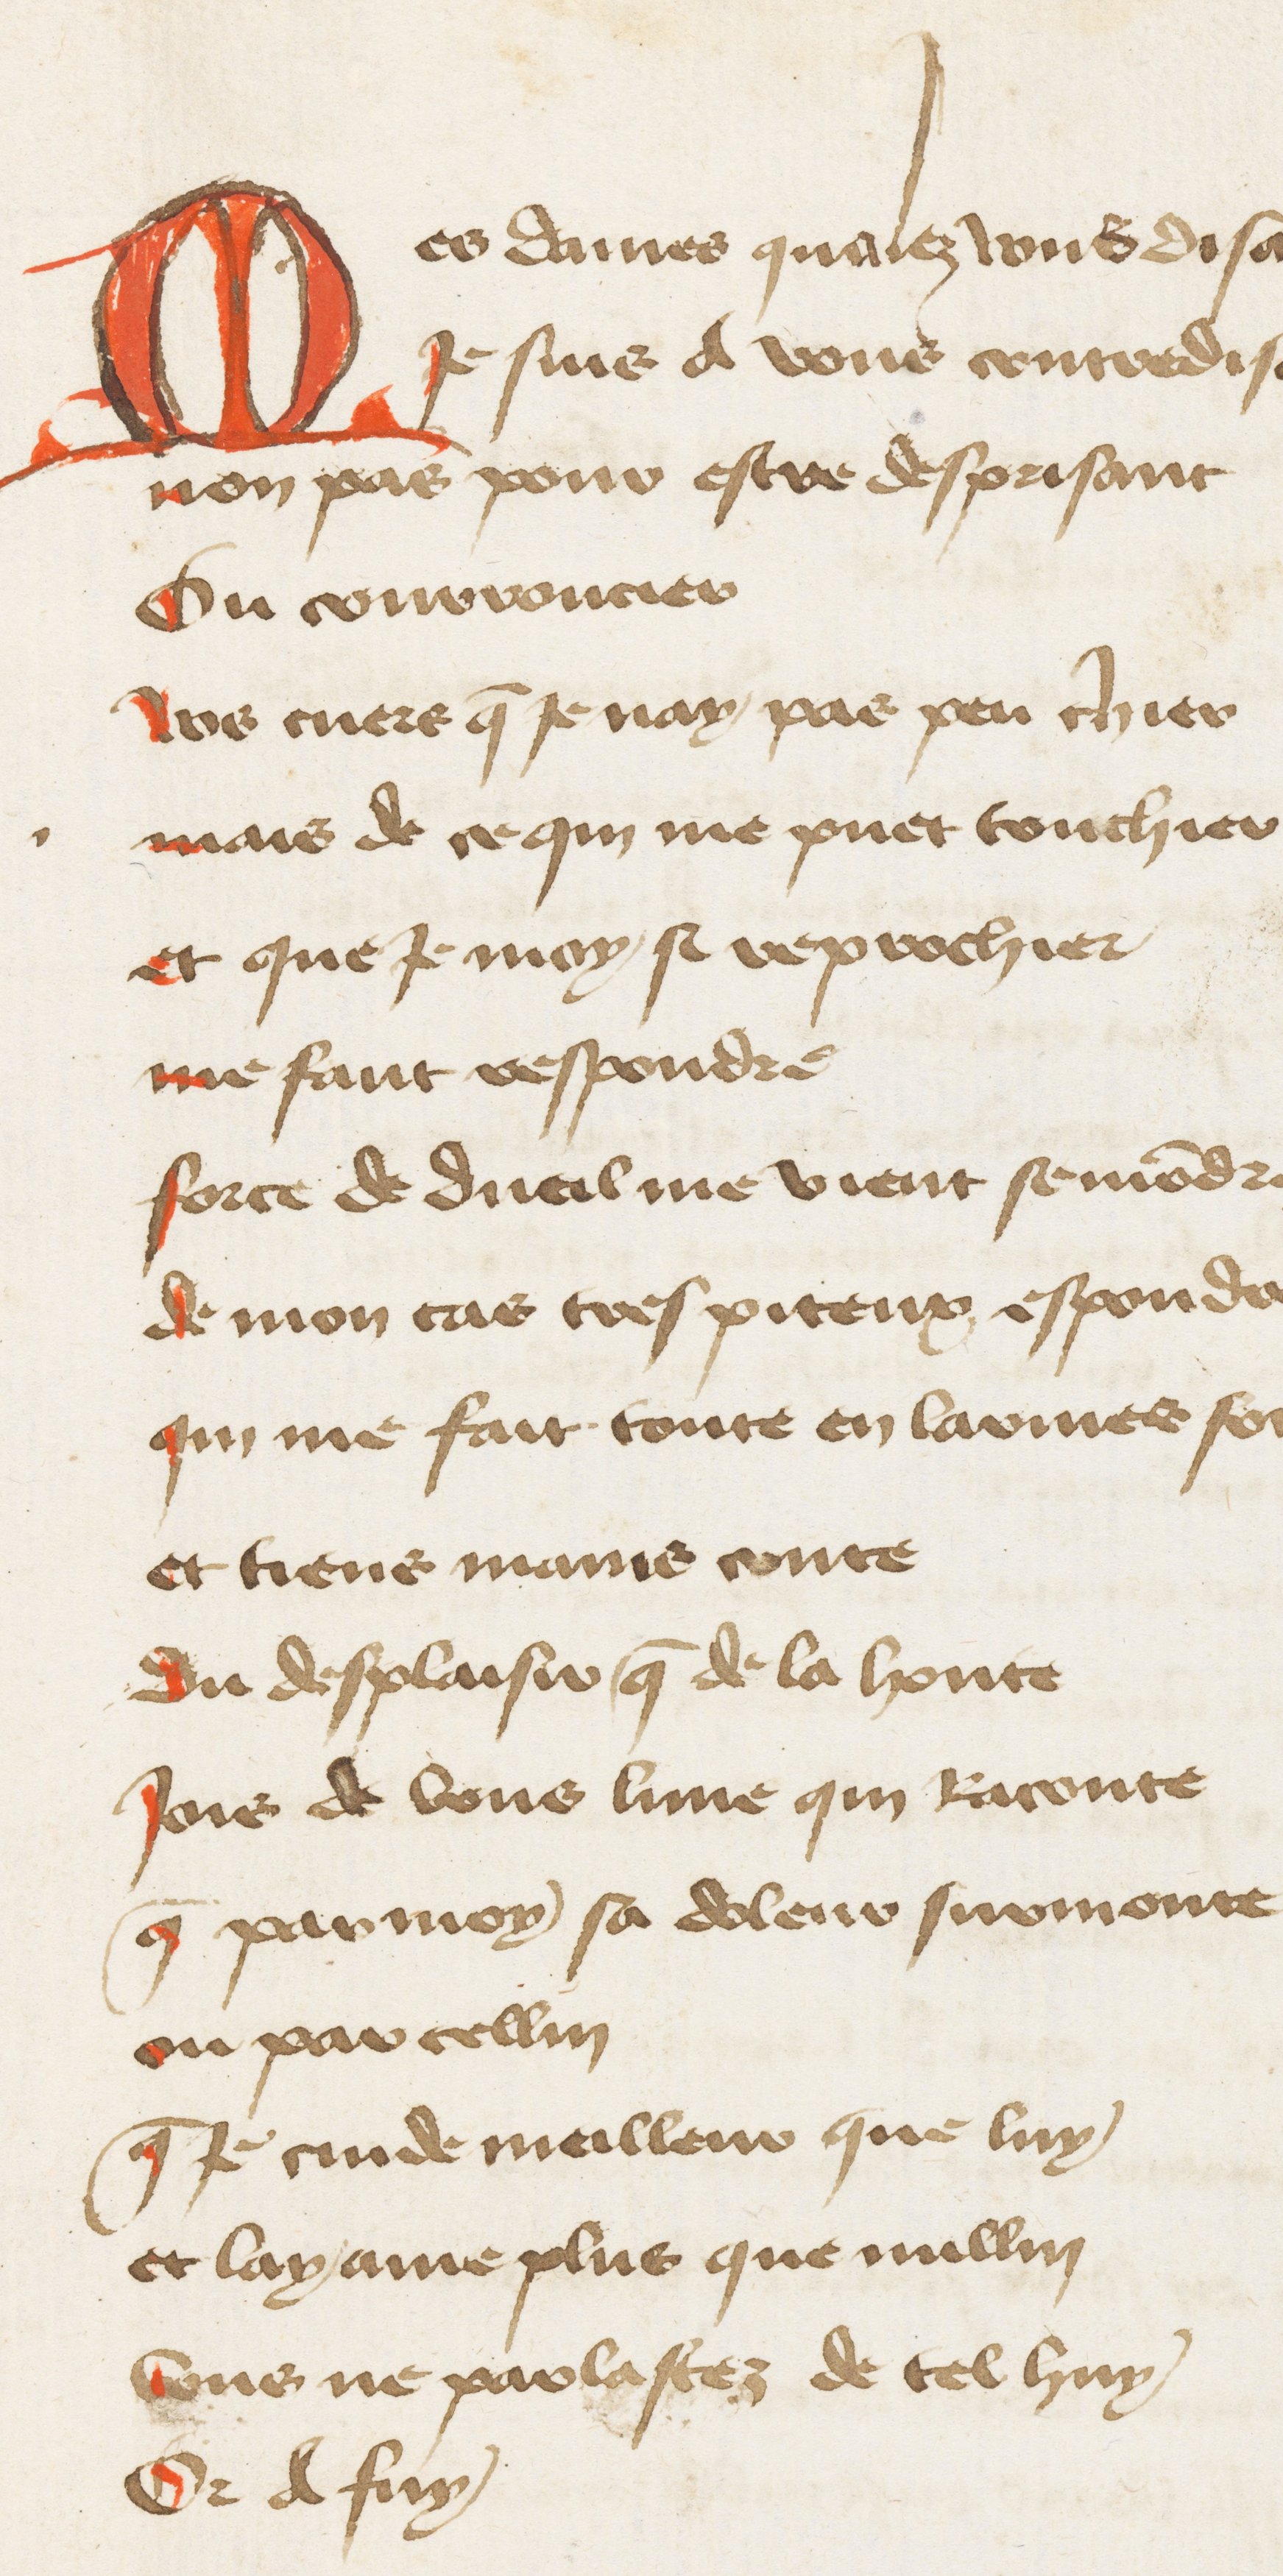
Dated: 1400–1449